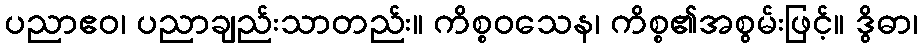
ပညာဧဝ၊ ပညာချည်းသာတည်း။ ကိစ္စဝသေန၊ ကိစ္စ၏အစွမ်းဖြင့်။ ဒွိဓာ၊